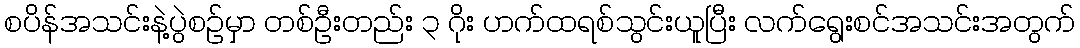
စပိန်အသင်းနဲ့ပွဲစဉ်မှာ တစ်ဦးတည်း ၃ ဂိုး ဟက်ထရစ်သွင်းယူပြီး လက်ရွေးစင်အသင်းအတွက်